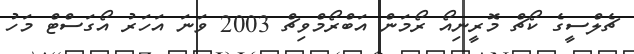
ޗެލްސީގެ ކޯޗް މޮރީނިއޯ ރޯމަން އަބްރޯމްވިޗް 2003 ވަނަ އަހަރު އޯގަސްޓް މަހު